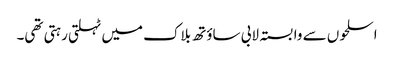
اسلحوں سے وابستہ لابی ساؤتھ بلاک میں ٹہلتی رہتی تھی۔